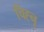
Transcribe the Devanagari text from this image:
चिह्नृ